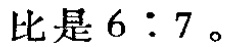
比是 \(6:7\)。